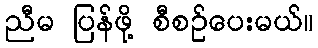
ညီမ ပြန်ဖို့ စီစဉ်ပေးမယ်။